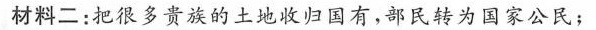
材料二：把很多贵族的土地收归国有，部民转为国家公民；